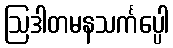
ဩဒါတမနသင်္ကပ္ပေါ